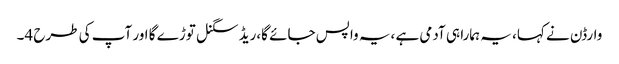
وارڈن نے کہا، یہ ہمارا ہی آدمی ہے ،یہ واپس جائے گا،ریڈ سگنل توڑے گا اور آپ کی طرح 4۔